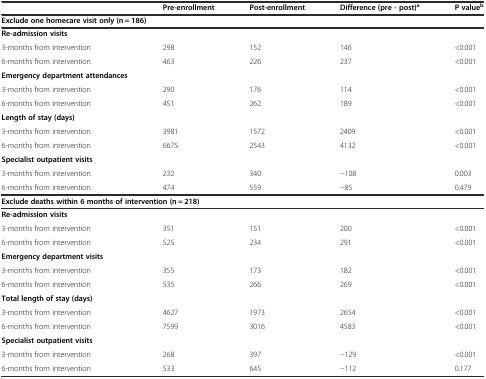
<table><thead><tr><td></td><td><b>Pre-enrollment</b></td><td><b>Post-enrollment</b></td><td><b>Difference (pre - post)<sup>a</sup></b></td><td><b>P value<sup>b</sup></b></td></tr></thead><tbody><tr><td colspan="5"><b>Exclude one homecare visit only (n = 186)</b></td></tr><tr><td><b>Re-admission visits</b></td><td></td><td></td><td></td><td></td></tr><tr><td>3-months from intervention</td><td>298</td><td>152</td><td>146</td><td>&lt;0.001</td></tr><tr><td>6-months from intervention</td><td>463</td><td>226</td><td>237</td><td>&lt;0.001</td></tr><tr><td><b>Emergency department attendances</b></td><td></td><td></td><td></td><td></td></tr><tr><td>3-months from intervention</td><td>290</td><td>176</td><td>114</td><td>&lt;0.001</td></tr><tr><td>6-months from intervention</td><td>451</td><td>262</td><td>189</td><td>&lt;0.001</td></tr><tr><td><b>Length of stay (days)</b></td><td></td><td></td><td></td><td></td></tr><tr><td>3-months from intervention</td><td>3981</td><td>1572</td><td>2409</td><td>&lt;0.001</td></tr><tr><td>6-months from intervention</td><td>6675</td><td>2543</td><td>4132</td><td>&lt;0.001</td></tr><tr><td><b>Specialist outpatient visits</b></td><td></td><td></td><td></td><td></td></tr><tr><td>3-months from intervention</td><td>232</td><td>340</td><td>−108</td><td>0.003</td></tr><tr><td>6-months from intervention</td><td>474</td><td>559</td><td>−85</td><td>0.479</td></tr><tr><td colspan="5"><b>Exclude deaths within 6 months of intervention (n = 218)</b></td></tr><tr><td><b>Re-admission visits</b></td><td></td><td></td><td></td><td></td></tr><tr><td>3-months from intervention</td><td>351</td><td>151</td><td>200</td><td>&lt;0.001</td></tr><tr><td>6-months from intervention</td><td>525</td><td>234</td><td>291</td><td>&lt;0.001</td></tr><tr><td><b>Emergency department visits</b></td><td></td><td></td><td></td><td></td></tr><tr><td>3-months from intervention</td><td>355</td><td>173</td><td>182</td><td>&lt;0.001</td></tr><tr><td>6-months from intervention</td><td>535</td><td>266</td><td>269</td><td>&lt;0.001</td></tr><tr><td><b>Total length of stay (days)</b></td><td></td><td></td><td></td><td></td></tr><tr><td>3-months from intervention</td><td>4627</td><td>1973</td><td>2654</td><td>&lt;0.001</td></tr><tr><td>6-months from intervention</td><td>7599</td><td>3016</td><td>4583</td><td>&lt;0.001</td></tr><tr><td><b>Specialist outpatient visits</b></td><td></td><td></td><td></td><td></td></tr><tr><td>3-months from intervention</td><td>268</td><td>397</td><td>−129</td><td>&lt;0.001</td></tr><tr><td>6-months from intervention</td><td>533</td><td>645</td><td>−112</td><td>0.177</td></tr></tbody></table>